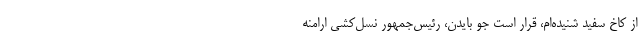
از کاخ سفید شنیده‌ام، قرار است جو بایدن، رئیس‌جمهور نسل‌کشی ارامنه